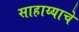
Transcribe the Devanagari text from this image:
साहाय्याचे